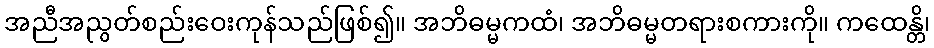
အညီအညွတ်စည်းဝေးကုန်သည်ဖြစ်၍။ အဘိဓမ္မကထံ၊ အဘိဓမ္မတရားစကားကို။ ကထေန္တိ၊